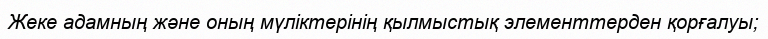
Жеке адамның және оның мүліктерінің қылмыстық элементтерден қорғалуы;